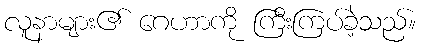
လူနာများ၏ ဂေဟာကို ကြီးကြပ်ခဲ့သည်။